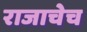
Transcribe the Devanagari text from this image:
राजाचेच